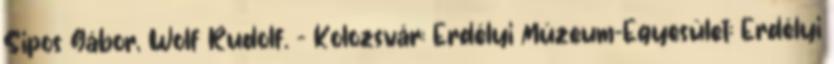
Sipos Gábor, Wolf Rudolf. - Kolozsvár: Erdélyi Múzeum-Egyesület; Erdélyi